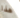
هذا